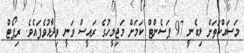
މަސައްކަތަށް ލިބެނީ 97 ޕަސެންޓް ކަމަށް މަޖިލީހުގެ ރައީސް ވަނީ ވިދާޅުވެފައެވެ. ރިޕޯޓް